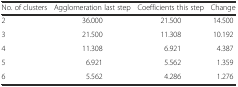
<table><thead><tr><td><b>No. of clusters</b></td><td><b>Agglomeration last step</b></td><td><b>Coefficients this step</b></td><td><b>Change</b></td></tr></thead><tbody><tr><td>2</td><td>36.000</td><td>21.500</td><td>14.500</td></tr><tr><td>3</td><td>21.500</td><td>11.308</td><td>10.192</td></tr><tr><td>4</td><td>11.308</td><td>6.921</td><td>4.387</td></tr><tr><td>5</td><td>6.921</td><td>5.562</td><td>1.359</td></tr><tr><td>6</td><td>5.562</td><td>4.286</td><td>1.276</td></tr></tbody></table>